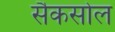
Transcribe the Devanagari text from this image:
सैकसोल